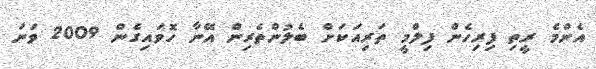
އެންމެ ރީތި ފިރިހެން ފިލްމީ ތަރިއަކަށް ބެލުންތެރިން އޭނާ ހޮވައިގެން 2009 ވަނަ